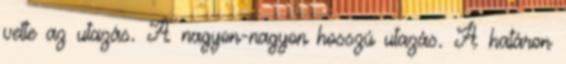
vette az utazás. A nagyon-nagyon hosszú utazás. A határon